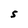
Character: S